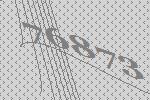
76873